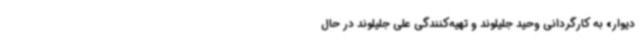
دیوار» به کارگردانی وحید جلیلوند و تهیه‌کنندگی علی جلیلوند در حال